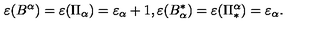
\varepsilon ( B ^ { \alpha } ) = \varepsilon ( \Pi _ { \alpha } ) = \varepsilon _ { \alpha } + 1 , \varepsilon ( B _ { \alpha } ^ { \ast } ) = \varepsilon ( \Pi _ { \ast } ^ { \alpha } ) = \varepsilon _ { \alpha } .